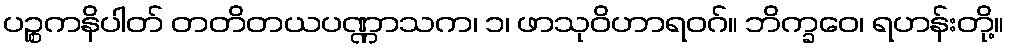
ပဉ္စကနိပါတ် တတိတယပဏ္ဏာသက၊ ၁၊ ဖာသုဝိဟာရဝဂ်။ ဘိက္ခဝေ၊ ရဟန်းတို့။